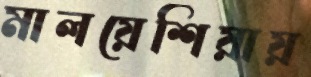
মালয়েশিয়ায়